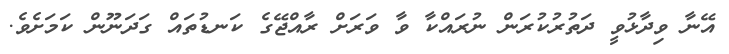
އޭނާ ވިދާޅުވީ ދަތުރުކުރަން ނުރައްކާ ވާ ވަރަށް ރާއްޖޭގެ ކަނޑުތައް ގަދަނޫން ކަމަށެވެ.